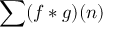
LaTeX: \sum ( f * g ) ( n )